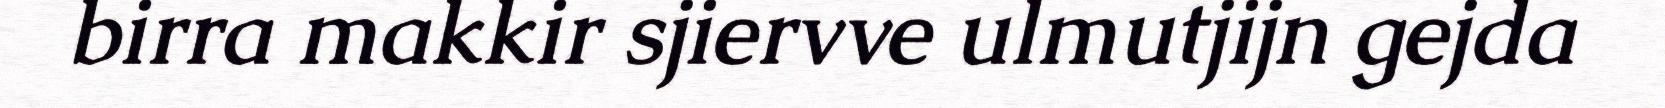
birra makkir sjiervve ulmutjijn gejda